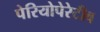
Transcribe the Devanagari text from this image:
पेरियोपेरेटीव